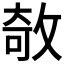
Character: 𢽽